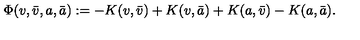
\Phi ( v , \bar { v } , a , \bar { a } ) : = - K ( v , \bar { v } ) + K ( v , \bar { a } ) + K ( a , \bar { v } ) - K ( a , \bar { a } ) .